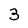
Character: 3